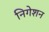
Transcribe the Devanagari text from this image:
निगेशन